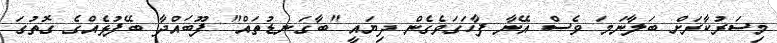
މިސަރުކާރަށް ބަލާނަމަ ވެސް އޭނާ ފާހަގަވެގެން ދިޔައީ "ބާގަނޑުތައް" ފޫބައްދާ ބޭފުޅެއްގެ ގޮތުގަ